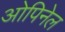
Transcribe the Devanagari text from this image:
ओपिनेल